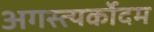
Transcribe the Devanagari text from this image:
अगस्त्यर्कोदम